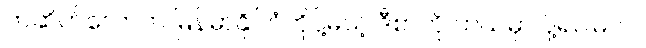
တဆိတ်လောက် မြန်မာနိုင်ငံကိုပို့မယ့် ဒီစာကို ဘယ်မှာ ပို့ရပါမလဲ။